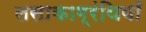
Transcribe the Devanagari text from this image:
लसाकाग्रंथियाँ